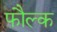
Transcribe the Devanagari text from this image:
फौल्क